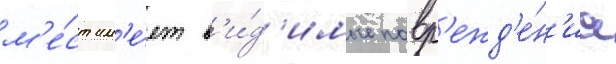
м'е́ст им'е́ет в'и́д'имые повр'ежд'е́н'иа